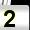
Digit: 2